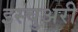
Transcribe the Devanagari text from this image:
इस्चुअरी